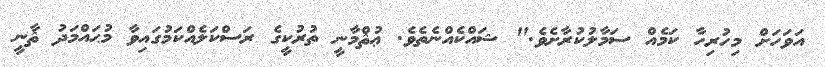
އަވަހަށް މިހުރިހާ ކަމެއް ސަމާލުކުރާށެވެ." ޝައްކެއްނެތެވެ. ޢުޘްމާނީ ތުރުކީގެ ރަސްކަލެއްކަމުގައިވާ މުޙައްމަދު ޘާނީ